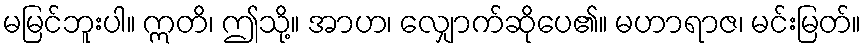
မမြင်ဘူးပါ။ ဣတိ၊ ဤသို့။ အာဟ၊ လျှောက်ဆိုပေ၏။ မဟာရာဇ၊ မင်းမြတ်။